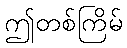
ဤတစ်ကြိမ်